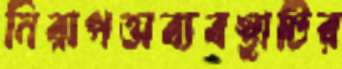
নিরাপত্তাব্যবস্থাটির